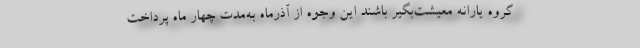
گروه یارانه معیشت‌بگیر باشند این وجوه از آذرماه به‌مدت چهار ماه پرداخت